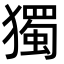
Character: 獨